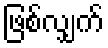
ဖြစ်လျှက်